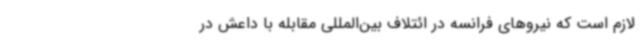
لازم است که نیروهای فرانسه در ائتلاف بین‌المللی مقابله با داعش در